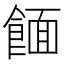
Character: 𫗖